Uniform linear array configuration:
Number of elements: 32
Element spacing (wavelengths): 0.5
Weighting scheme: blackman
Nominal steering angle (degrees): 45
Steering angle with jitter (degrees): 43.52
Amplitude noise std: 0.05
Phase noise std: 0.05

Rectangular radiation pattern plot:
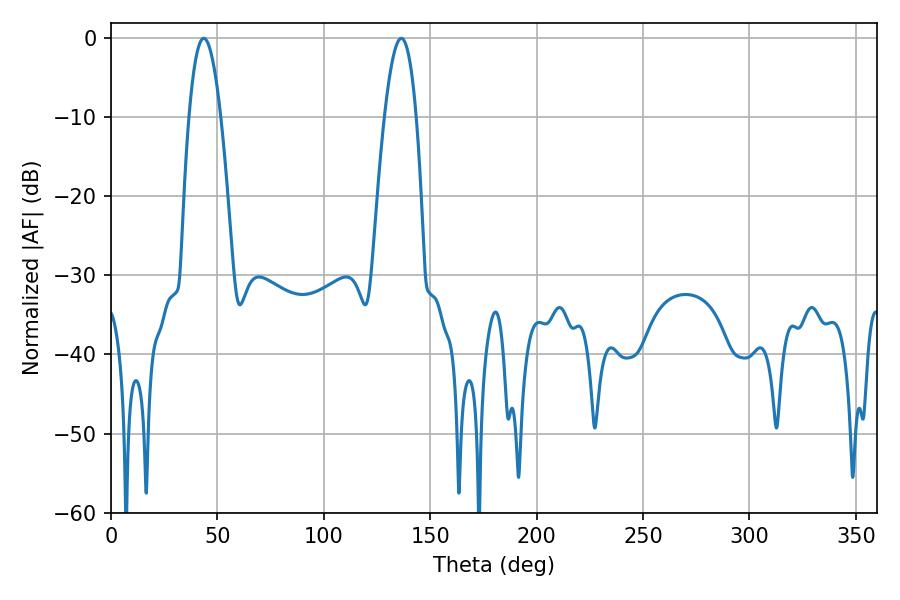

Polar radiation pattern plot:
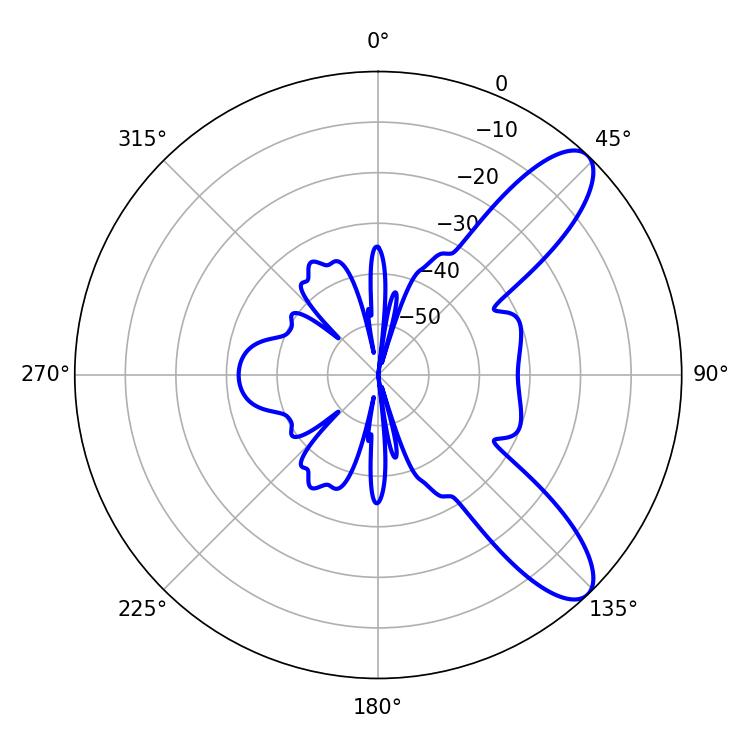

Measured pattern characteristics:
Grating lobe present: FALSE
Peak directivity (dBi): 9.707
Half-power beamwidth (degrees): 8.28
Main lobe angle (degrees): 43.56